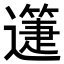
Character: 𨘉